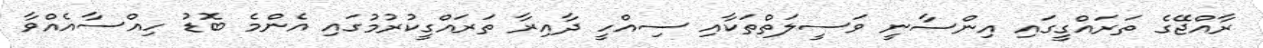
ރާއްޖޭގެ ތަރައްގީގައި އިންސާނީ ވަސީލަތްތަކާއި ސިއްހީ ދާއިރާ ތަރައްގީކުރުމުގައި އެންމެ ބޮޑު ހިއްސާއެއްވާ